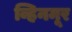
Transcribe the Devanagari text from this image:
व्हिनमूर